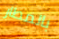
بالمطار